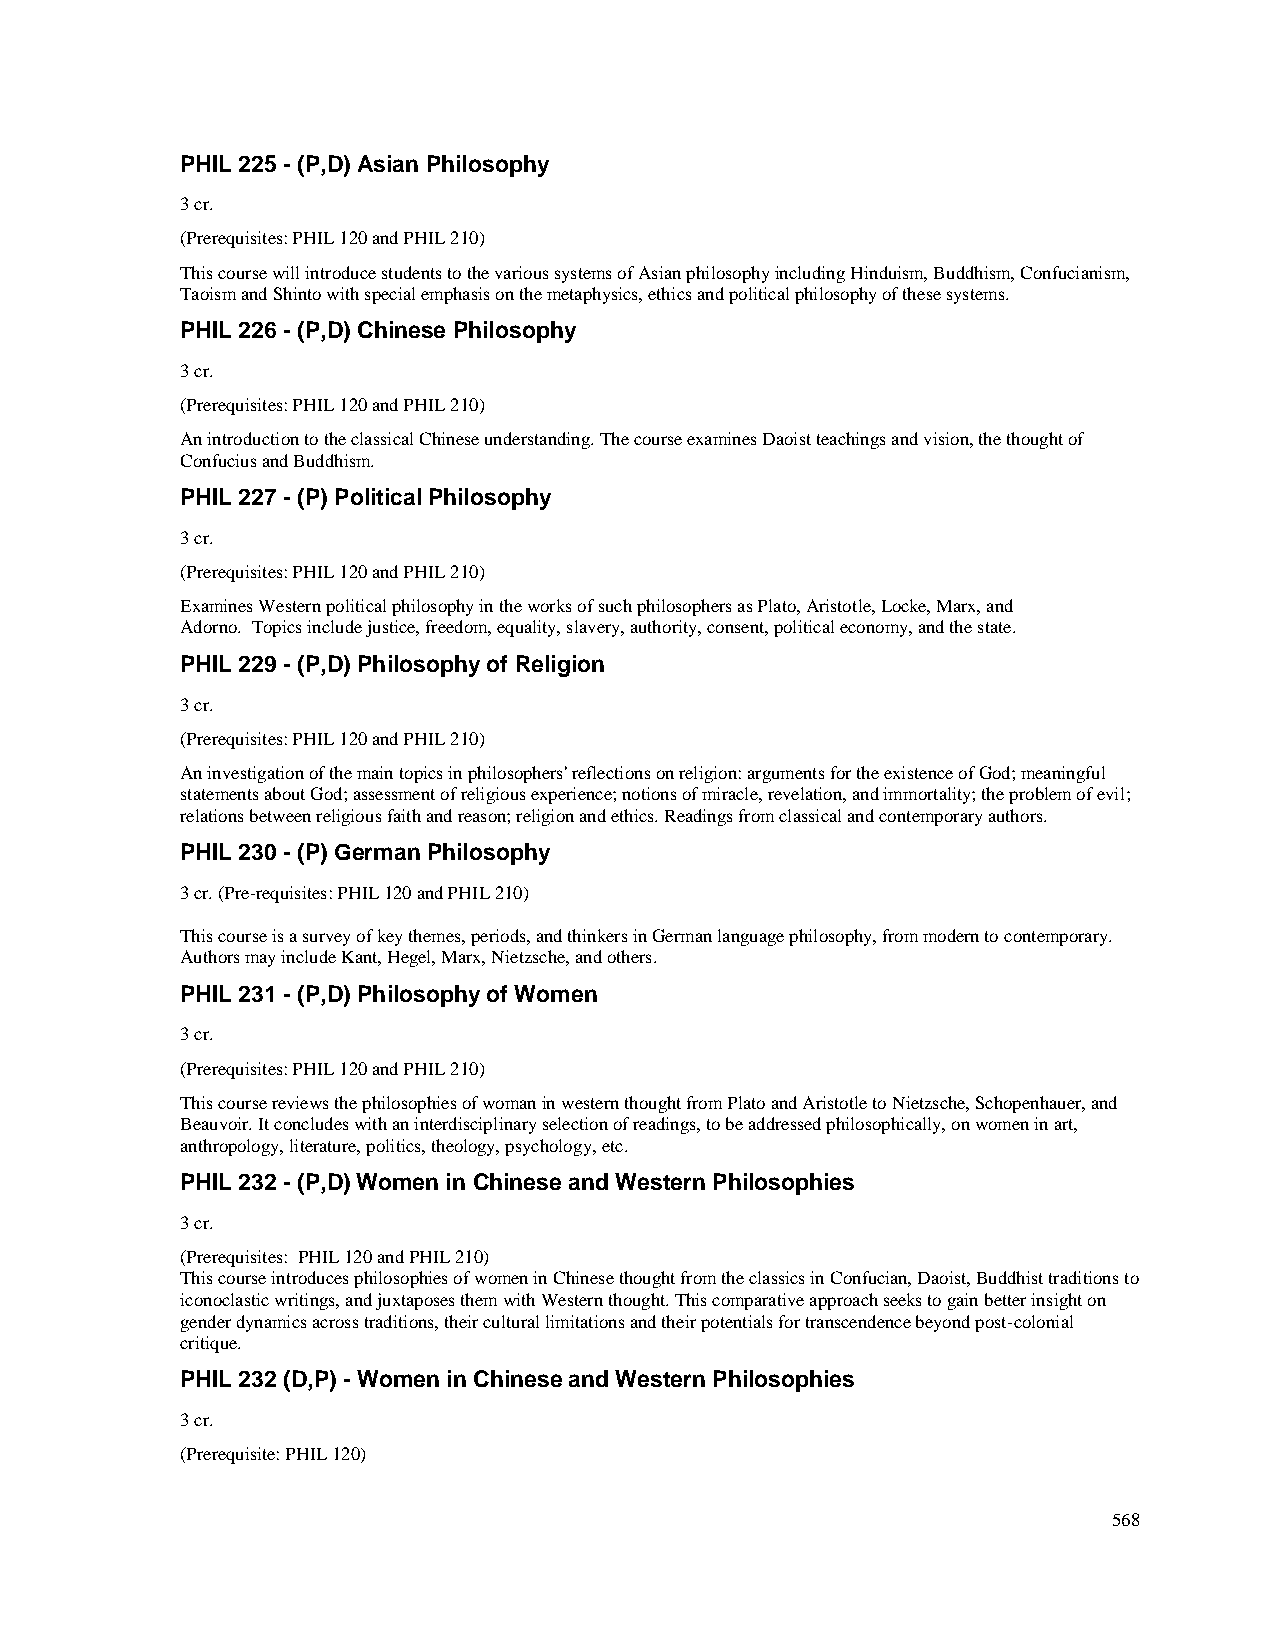
PHIL 225 - (P,D) Asian Philosophy
 3 cr.
 (Prerequisites: PHIL 120 and PHIL 210)
 This course will introduce students to the various systems of Asian philosophy including Hinduism, Buddhism, Confucianism,
 Taoism and Shinto with special emphasis on the metaphysics, ethics and political philosophy of these systems.
 PHIL 226 - (P,D) Chinese Philosophy
 3 cr.
 (Prerequisites: PHIL 120 and PHIL 210)
 An introduction to the classical Chinese understanding. The course examines Daoist teachings and vision, the thought of
 Confucius and Buddhism.
 PHIL 227 - (P) Political Philosophy
 3 cr.
 (Prerequisites: PHIL 120 and PHIL 210)
 Examines Western political philosophy in the works of such philosophers as Plato, Aristotle, Locke, Marx, and
 Adorno. Topics include justice, freedom, equality, slavery, authority, consent, political economy, and the state.
 PHIL 229 - (P,D) Philosophy of Religion
 3 cr.
 (Prerequisites: PHIL 120 and PHIL 210)
 An investigation of the main topics in philosophers' reflections on religion: arguments for the existence of God; meaningful
 statements about God; assessment of religious experience; notions of miracle, revelation, and immortality; the problem of evil;
 relations between religious faith and reason; religion and ethics. Readings from classical and contemporary authors.
 PHIL 230 - (P) German Philosophy
 3 cr. (Pre-requisites: PHIL 120 and PHIL 210)
 This course is a survey of key themes, periods, and thinkers in German language philosophy, from modern to contemporary.
 Authors may include Kant, Hegel, Marx, Nietzsche, and others.
 PHIL 231 - (P,D) Philosophy of Women
 3 cr.
 (Prerequisites: PHIL 120 and PHIL 210)
 This course reviews the philosophies of woman in western thought from Plato and Aristotle to Nietzsche, Schopenhauer, and
 Beauvoir. It concludes with an interdisciplinary selection of readings, to be addressed philosophically, on women in art,
 anthropology, literature, politics, theology, psychology, etc.
 PHIL 232 - (P,D) Women in Chinese and Western Philosophies
 3 cr.
 (Prerequisites: PHIL 120 and PHIL 210)
 This course introduces philosophies of women in Chinese thought from the classics in Confucian, Daoist, Buddhist traditions to
 iconoclastic writings, and juxtaposes them with Western thought. This comparative approach seeks to gain better insight on
 gender dynamics across traditions, their cultural limitations and their potentials for transcendence beyond post-colonial
 critique.
 PHIL 232 (D,P) - Women in Chinese and Western Philosophies
 3 cr.
 (Prerequisite: PHIL 120)
 568